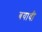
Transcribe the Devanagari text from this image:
बयावी